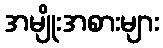
အမျိုးအစားများ